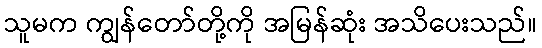
သူမက ကျွန်တော်တို့ကို အမြန်ဆုံး အသိပေးသည်။